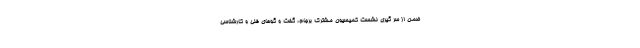
ضمن از سر گیری نشست کمیسیون مشترک برجام، گفت و گوهای فنی و کارشناسی